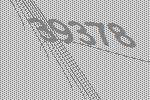
39378